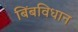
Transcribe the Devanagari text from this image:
बिंबविधान